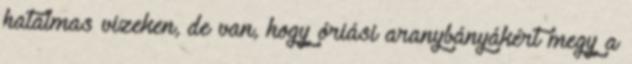
hatalmas vizeken, de van, hogy óriási aranybányákért megy a